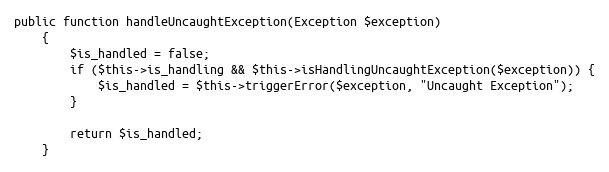
Language: PHP
public function handleUncaughtException(Exception $exception)
    {
        $is_handled = false;
        if ($this->is_handling && $this->isHandlingUncaughtException($exception)) {
            $is_handled = $this->triggerError($exception, "Uncaught Exception");
        }

        return $is_handled;
    }